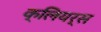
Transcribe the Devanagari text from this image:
क्लियर्स